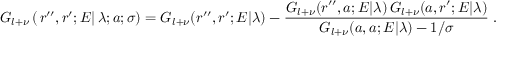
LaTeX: G _ { l + \nu } \left( \left. r ^ { \prime \prime } , r ^ { \prime } ; E \right| \lambda ; a ; \sigma \right) = G _ { l + \nu } ( r ^ { \prime \prime } , r ^ { \prime } ; E | \lambda ) - \frac { G _ { l + \nu } ( r ^ { \prime \prime } , a ; E | \lambda ) \, G _ { l + \nu } ( a , r ^ { \prime } ; E | \lambda ) } { G _ { l + \nu } ( a , a ; E | \lambda ) - 1 / \sigma } \; .